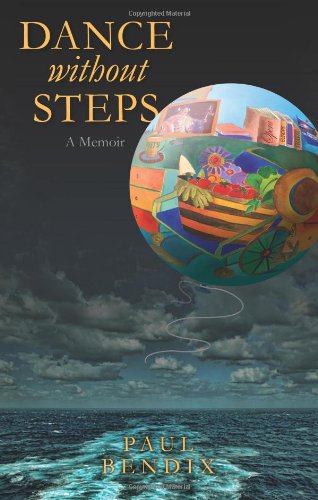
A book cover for Dance Without Steps; Paul Bendix; Travel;